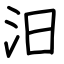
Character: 汨